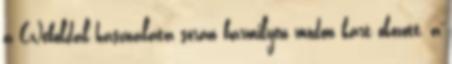
a Weboldal használata során bármilyen módon kárt okozott, a